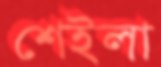
শেইলা